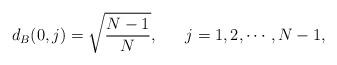
LaTeX: \begin{align*}d_B(0,j)&=\sqrt{\frac{N-1}{N}},\ \ \ \ \ j=1,2,\cdots,N-1,\end{align*}